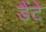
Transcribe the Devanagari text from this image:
डैंटे